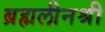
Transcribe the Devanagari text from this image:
ब्रह्मलीनश्री